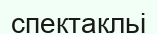
спектакльі